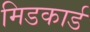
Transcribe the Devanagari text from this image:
मिडकार्ड